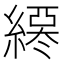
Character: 𦄖